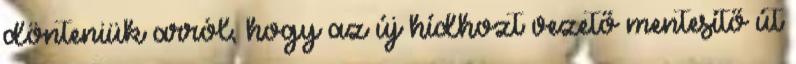
dönteniük arról, hogy az új hídhozt vezető mentesítő út